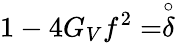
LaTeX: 1-4G_{V}f^{2}=\stackrel{\circ}{\delta}